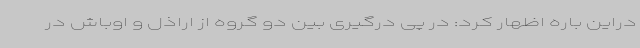
دراین باره اظهار کرد: در پی درگیری بین دو گروه از اراذل و اوباش در